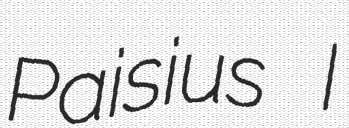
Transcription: Paisius I